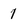
Character: 1